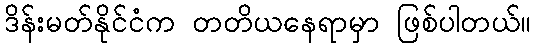
ဒိန်းမတ်နိုင်ငံက တတိယနေရာမှာ ဖြစ်ပါတယ်။